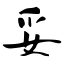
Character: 妥